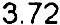
3.72